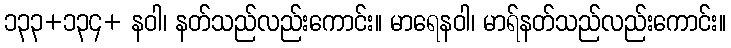
၁၃၃+၁၃၄+ နဝါ၊ နတ်သည်လည်းကောင်း။ မာရေနဝါ၊ မာရ်နတ်သည်လည်းကောင်း။